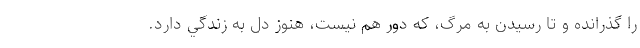
را گذرانده و تا رسيدن به مرگ، که دور هم نيست، هنوز دل به زندگي دارد.